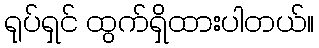
ရုပ်ရှင် ထွက်ရှိထားပါတယ်။